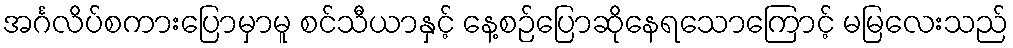
အင်္ဂလိပ်စကားပြောမှာမူ စင်သီယာနှင့် နေ့စဉ်ပြောဆိုနေရသောကြောင့် မမြလေးသည်